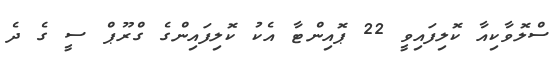
ސްލޮވާކިއާ ކޮލިފައިވީ 22 ޕޮއިންޓާ އެކު ކޮލިފައިންގެ ގްރޫޕް ސީ ގެ ދެ